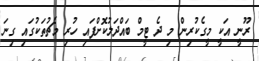
ރޫނީ އަކީ މީގެކުރިން މި ދެ ޓީމް ބައްދަލުކޮށްފައި ހުރި މެޗުތަކުގައި ގިނަ